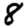
Digit: 8